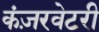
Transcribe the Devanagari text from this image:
कंज़रवेटरी